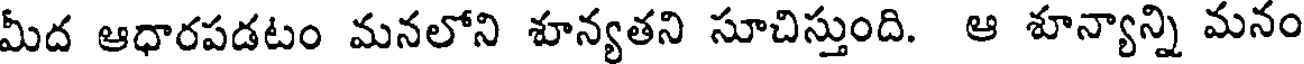
మీద ఆధారపడటం మనలోని శూన్యతని సూచిస్తుంది. ఆ శూన్యాన్ని మనం